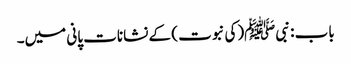
باب : نبیﷺ(کی نبوت ) کے نشانات پانی میں۔